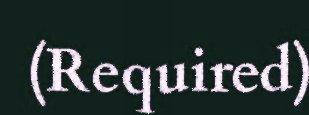
(Required)